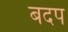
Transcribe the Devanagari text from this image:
बदप